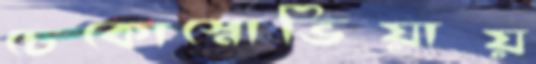
চেকোস্নোভিয়ায়